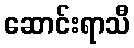
ဆောင်းရာသီ